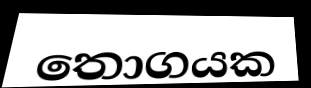
තොගයක